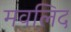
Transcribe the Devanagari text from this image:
मवलिद